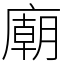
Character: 廟